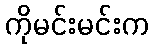
ကိုမင်းမင်းက